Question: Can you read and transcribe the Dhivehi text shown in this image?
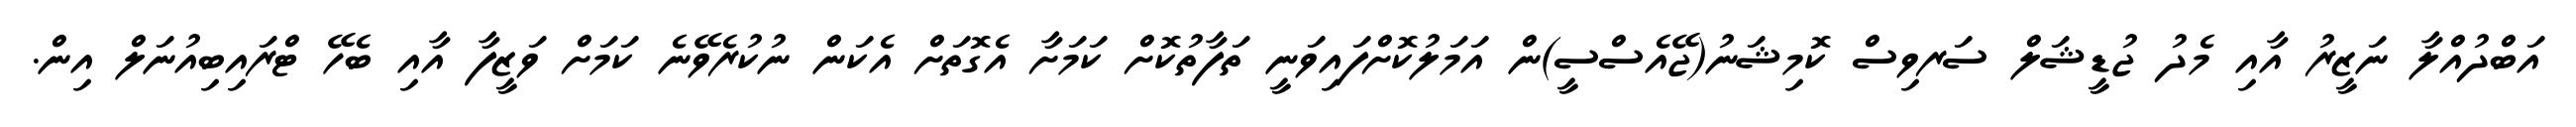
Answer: އަބްދުއްލާ ނަޒީރު އާއި މެދު ޖުޑީޝަލް ސަރވިސް ކޮމިޝަނު(ޖޭއެސްސީ)ން އަމަލުކޮށްފައިވަނީ ތަފާތުކޮށް ކަމަށާ އެގޮތަށް އެކަން ނުކުރެވޭނެ ކަމަށް ވަޒީފާ އާއި ބެހޭ ޓްރައިބިއުނަލް އިން.